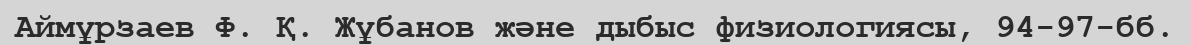
Аймұрзаев Ф. Қ. Жұбанов және дыбыс физиологиясы, 94-97-бб.